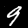
Digit: 9